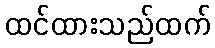
ထင်ထားသည်ထက်